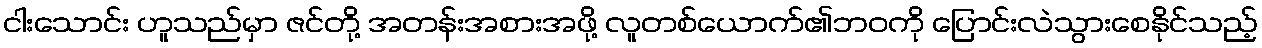
ငါးသောင်း ဟူသည်မှာ ဇင်တို့ အတန်းအစားအဖို့ လူတစ်ယောက်၏ဘဝကို ပြောင်းလဲသွားစေနိုင်သည့်